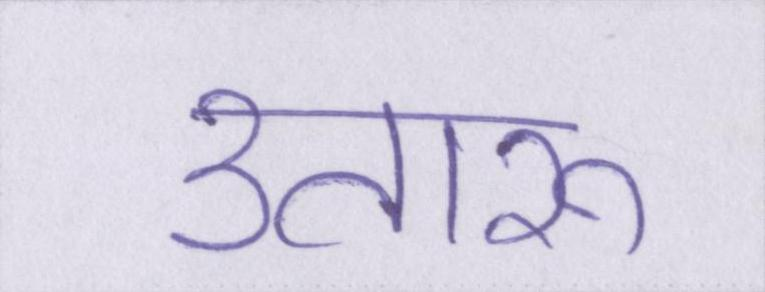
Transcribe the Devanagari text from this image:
उतारू